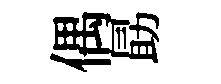
偶勗